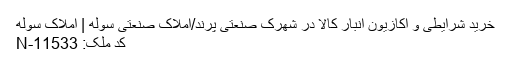
خرید شرایطی و اکازیون انبار کالا در شهرک صنعتی پرند/املاک صنعتی سوله | املاک سوله
کد ملک: N-11533